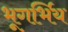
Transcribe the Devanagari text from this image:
भूगर्भिय